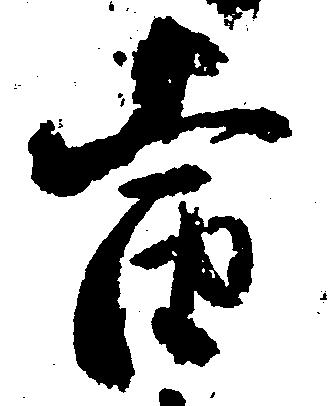
当